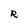
Character: R